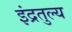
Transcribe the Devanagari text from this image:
इंद्रतुल्य